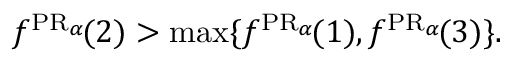
f ^ { \operatorname { P R } _ { \alpha } \! } ( 2 ) > \operatorname* { m a x } \{ f ^ { \operatorname { P R } _ { \alpha } \! } ( 1 ) , f ^ { \operatorname { P R } _ { \alpha } \! } ( 3 ) \} .